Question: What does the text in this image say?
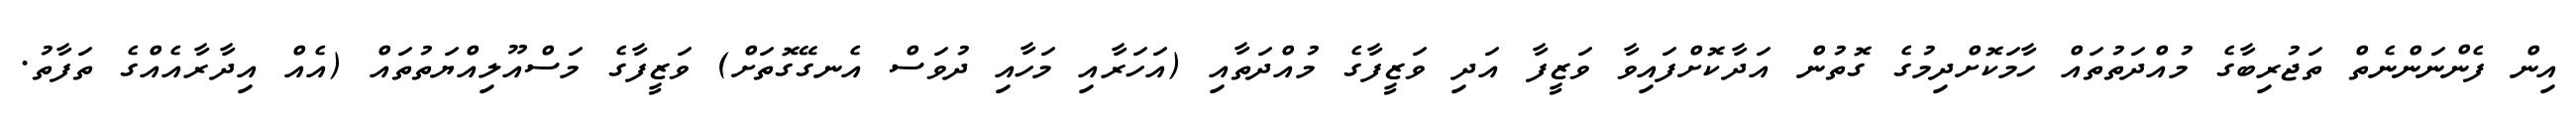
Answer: އިން ފެންނަންނެތް ތަޖުރިބާގެ މުއްދަތުތައް ހާމަކޮށްދިމުގެ ގޮތުން އަދާކޮށްފައިވާ ވަޒީފާ އަދި ވަޒީފާގެ މުއްދަތާއި (އަހަރާއި މަހާއި ދުވަސް އެނގޭގޮތަށް) ވަޒީފާގެ މަސްއޫލިއްޔަތުތައް (އެއް އިދާރާއެއްގެ ތަފާތު.